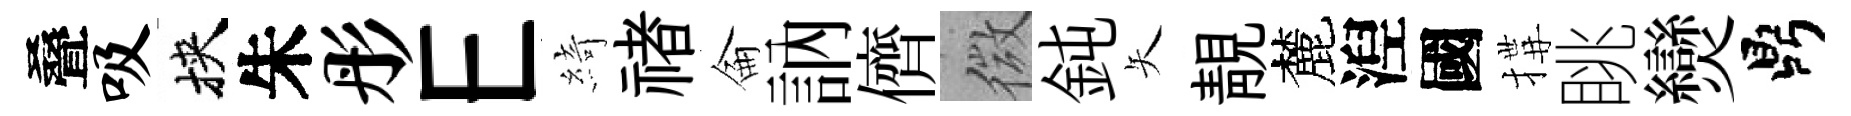
叠吸挾朱彤E綺禇侖訥儕微鈍矢靚麓湼國搆眺𤓖鼎